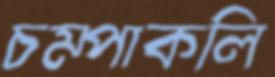
চম্পাকলি